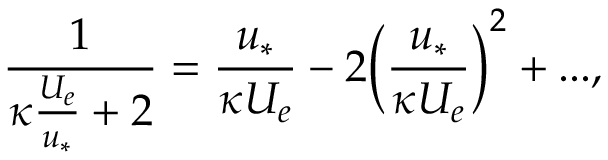
\frac { 1 } { \kappa \frac { U _ { e } } { u _ { * } } + 2 } = \frac { u _ { * } } { \kappa U _ { e } } - 2 \Big ( \frac { u _ { * } } { \kappa U _ { e } } \Big ) ^ { 2 } + . . . ,